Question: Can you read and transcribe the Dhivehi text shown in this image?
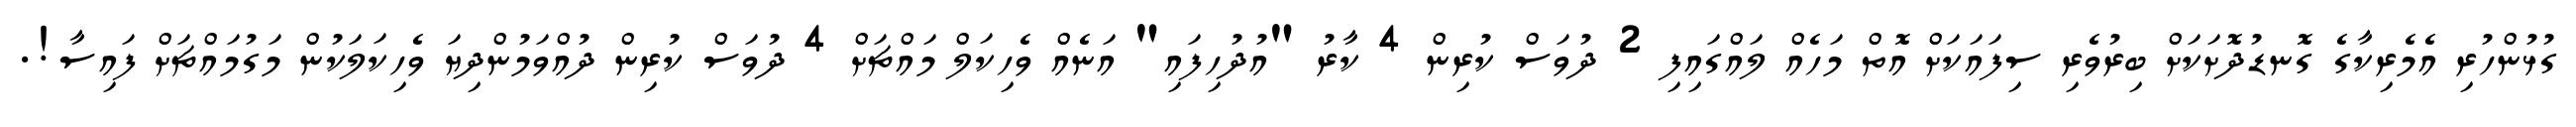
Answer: ގުޅުންހުރި އެމެރިކާގެ ގޮނޑުދޮށަކަށް ބިރުވެރި ސިފައަކަށް އޮތް މަހެއް ލައްގައިފި 2 ދުވަސް ކުރިން 4 ކާރު "އުދުހިފައި" އަނެއް ވެހިކަލް މައްޗަށް 4 ދުވަސް ކުރިން ދުއްވަމުންދިޔަ ވެހިކަލަކުން މަގުމައްޗަށް ފައިސާ!.